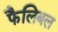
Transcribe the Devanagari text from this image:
फैलिबल